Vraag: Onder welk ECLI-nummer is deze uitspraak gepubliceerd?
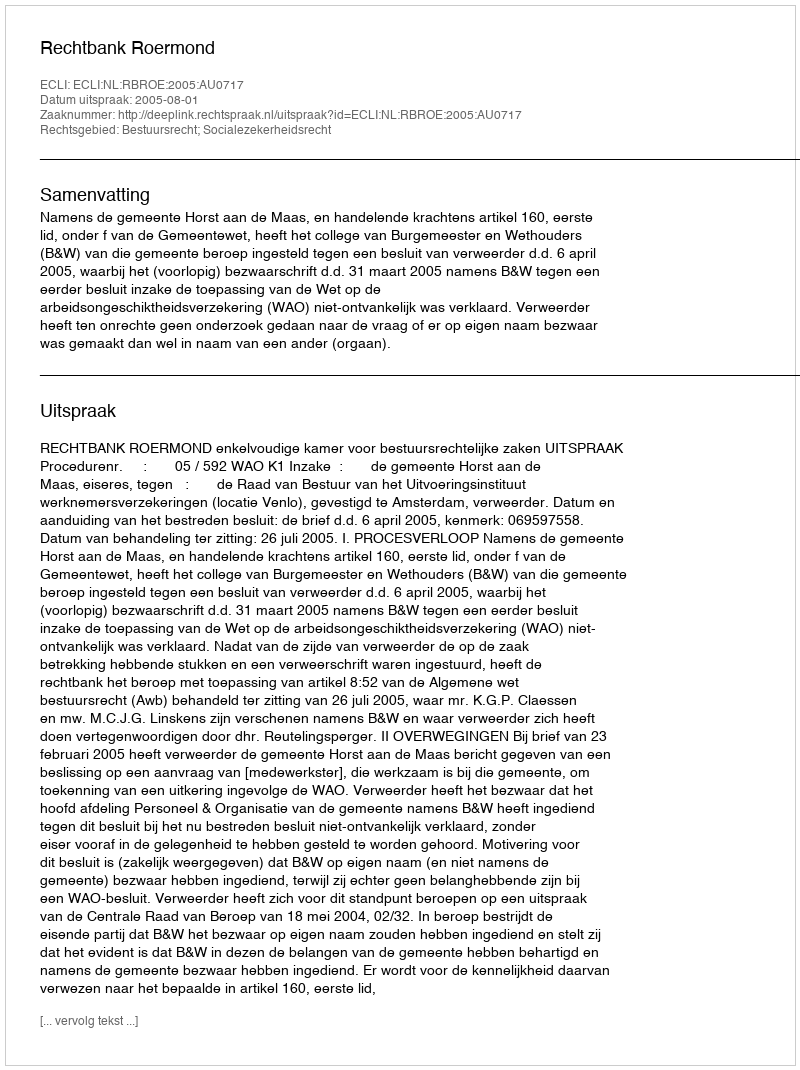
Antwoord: ECLI:NL:RBROE:2005:AU0717